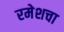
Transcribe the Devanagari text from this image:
रमेशचा